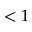
< 1